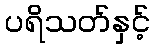
ပရိသတ်နှင့်